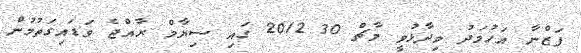
ފަޒްނާ އަހުމަދު ވިދާޅުވީ މާޗް 30 2012 ގައި ސިޔާމް ރާއްޖެ ވަޑައިގަތުމުން